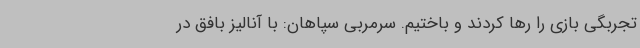
تجربگی بازی را رها کردند و باختیم. سرمربی سپاهان: با آنالیز بافق در